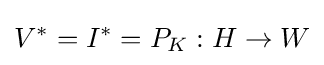
V^{*}=I^{*}=P_{K}:H\to W